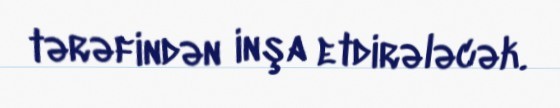
tərəfindən inşa etdirələcək.